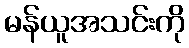
မန်ယူအသင်းကို